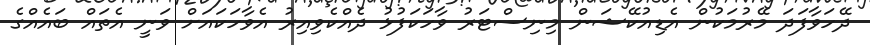
ދޭހަވާފަދަ މޭރުމަކުން އެޑިއުކޭޝަން މިނިސްޓަރު ވާހަކަފުޅު ދެއްކެވިއިރު އެވާހަކައަށް ވަނީ އެތައް ބައެއްގެ